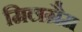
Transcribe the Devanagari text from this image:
मिलग्रैम